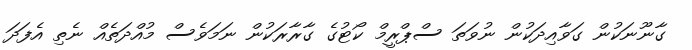
ގާނޫނަކުން ގަވާއިދަކުން ނުވަތަ ސްޕްރީމް ކޯޓުގެ ގާރާރަކުން ނަމަވެސް މުއްދަތެއް ނެތި އެފަދަ